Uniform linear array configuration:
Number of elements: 16
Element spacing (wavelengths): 0.75
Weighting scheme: kaiser
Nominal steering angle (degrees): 60
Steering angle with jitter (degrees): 59.603
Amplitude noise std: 0.05
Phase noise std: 0.05

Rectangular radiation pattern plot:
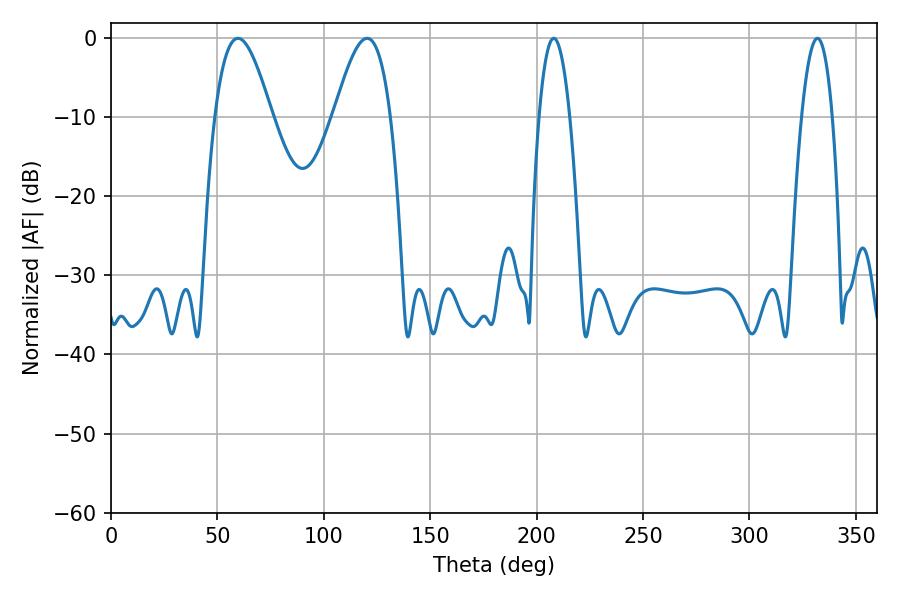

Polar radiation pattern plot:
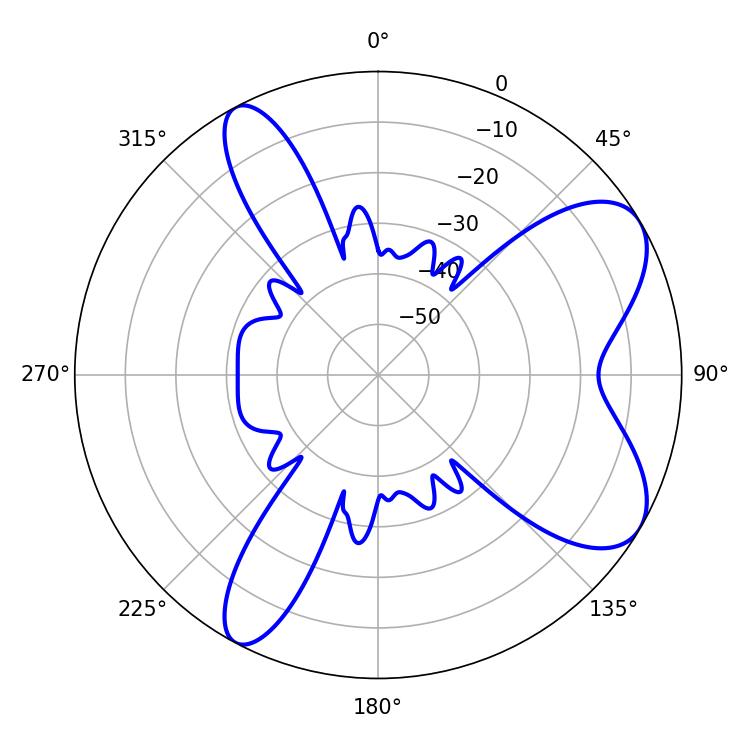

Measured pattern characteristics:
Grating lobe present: TRUE
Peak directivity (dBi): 7.597
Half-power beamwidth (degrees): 7.92
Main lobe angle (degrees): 208.08